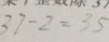
3 7 - 2 = 3 5